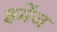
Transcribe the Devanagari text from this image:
इमेंज